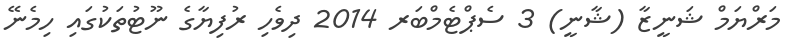
މަރްޔަމް ޝަނީޒާ (ޝާނީ) 3 ސެޕްޓެމްބަރ 2014 ދިވެހި ރުފިޔާގެ ނޫޓުތަކުގައި ހިމެނޭ